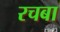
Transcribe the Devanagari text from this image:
रचबा